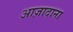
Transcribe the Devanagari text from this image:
आज़ादाना